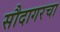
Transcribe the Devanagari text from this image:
सौदागरचा